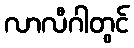
လာလီဂါတွင်